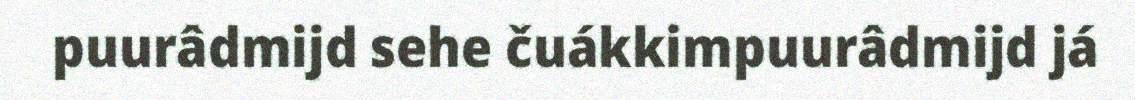
puurâdmijd sehe čuákkimpuurâdmijd já